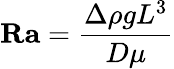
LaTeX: {\textbf{Ra}}={\frac{\Delta\rho gL^{3}}{D\mu}}